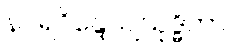
နဂရဝိန္ဒေယျသုဒ္ဓိကာ